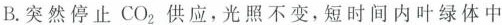
B.突然停止CO_{2}供应，光照不变，短时间内叶绿体中